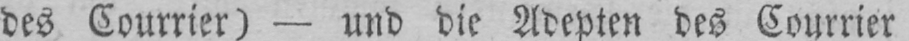
des Courrier) - und die Adepten des Courrier